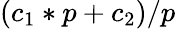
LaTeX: (c_{1}*p+c_{2})/p